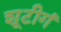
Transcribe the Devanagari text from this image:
शूटीगं